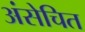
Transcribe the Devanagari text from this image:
अंसेचित